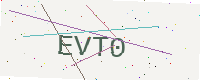
Text: EVT0